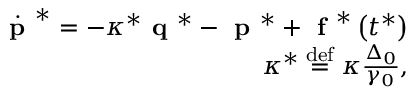
\begin{array} { r } { \dot { \textbf { p } } ^ { * } = - \kappa ^ { * } \textbf { q } ^ { * } - \textbf { p } ^ { * } + \textbf { f } ^ { * } \left( t ^ { * } \right) } \\ { \kappa ^ { * } \stackrel { \mathrm { d e f } } { = } \kappa \frac { \Delta _ { 0 } } { \gamma _ { 0 } } , } \end{array}